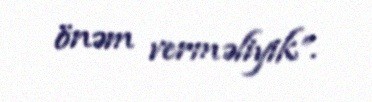
önəm verməliyik”.